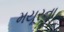
મયૂરના